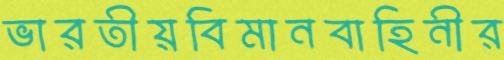
ভারতীয়বিমানবাহিনীর